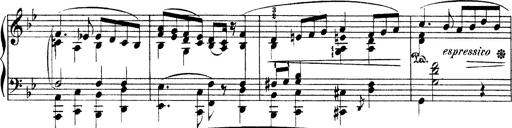
Title: Illustrations de l'opÃ©ra L'Africaine
Composer: Franz Liszt